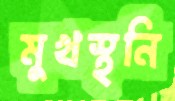
মুখস্থনি